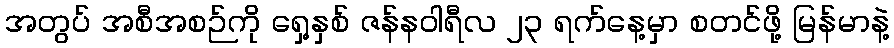
အတွပ် အစီအစဉ်ကို ရှေ့နှစ် ဇန်နဝါရီလ ၂၃ ရက်နေ့မှာ စတင်ဖို့ မြန်မာနဲ့